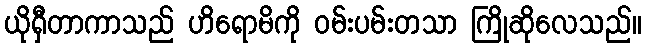
ယိုရှီတာကာသည် ဟိရောမိကို ဝမ်းပမ်းတသာ ကြိုဆိုလေသည်။